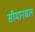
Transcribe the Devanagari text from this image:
सीमानचल